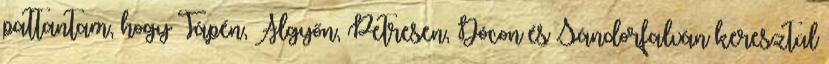
pattantam, hogy Tápén, Algyőn, Petresen, Dócon és Sándorfalván keresztül